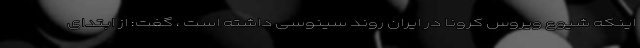
اینکه شیوع ویروس کرونا در ایران روند سینوسی داشته است ، گفت: از ابتدای